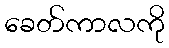
ခေတ်ကာလကို